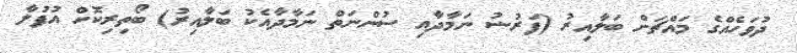
ދުވަހެއްގެ މައްޗަށް ބަލާއިރު (ފަރުޟު ނަމާދާއި ސުންނަތް ނަމާދާއެކު ބަލާއިރު) ބޯތިރިކޮށް އުފުލާ